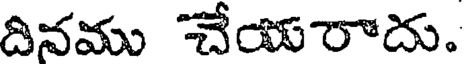
దినము చేయరాదు.